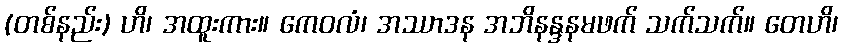
(တစ်နည်း) ဟိ၊ အထူးကား။ ကေဝလံ၊ အဿာဒန အဘိနန္ဒနမဖက် သက်သက်။ တေဟိ၊